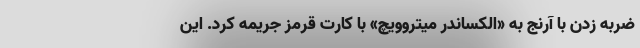
ضربه زدن با آرنج به «الکساندر میتروویچ» با کارت قرمز جریمه کرد. این